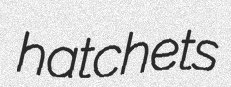
hatchets